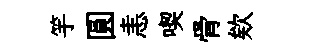
竽圓恚喫骨欸